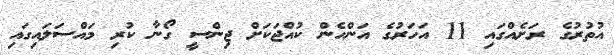
އުތުރުގެ ރަށެއްގައި 11 އަހަރުގެ އަންހެން ކުއްޖަކަށް ޖިންސީ ގޯނާ ކުރި މައްސަލައިގައި